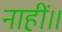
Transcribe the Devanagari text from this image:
नाहीं॥